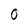
Character: O